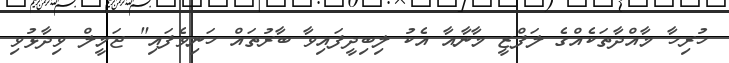
ހުރިހާ މާއްދާތަކެއްގެ ލަފްޒީ މާނާއާ އެކު ލިބިދީފައިވާ ބާރުތައް ހަނިވެފައި" ޖަމީލް ވިދާޅުވި